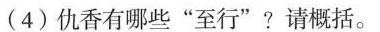
(4)仇香有哪些”至行”?请概括。